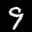
Label: 9